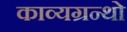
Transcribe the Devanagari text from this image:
काव्यग्रन्थो